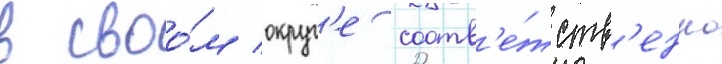
в своо́м округ'е соотв'е́тств'енно